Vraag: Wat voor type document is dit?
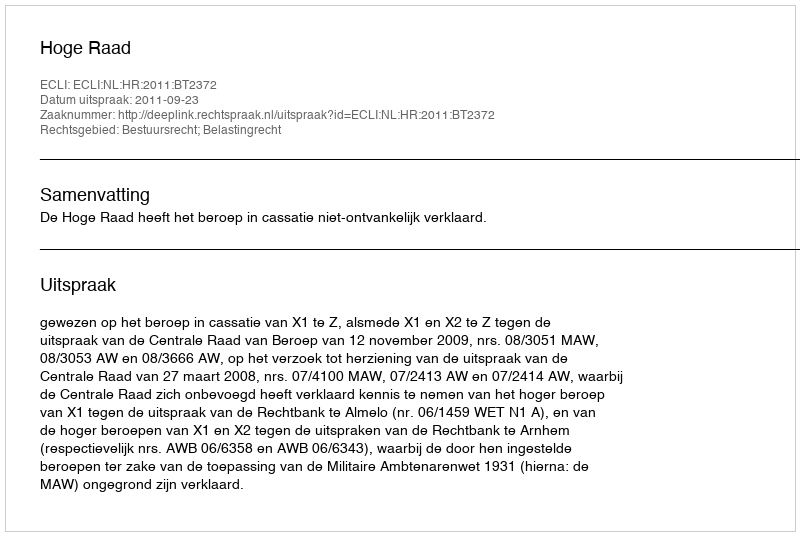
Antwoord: Uitspraak